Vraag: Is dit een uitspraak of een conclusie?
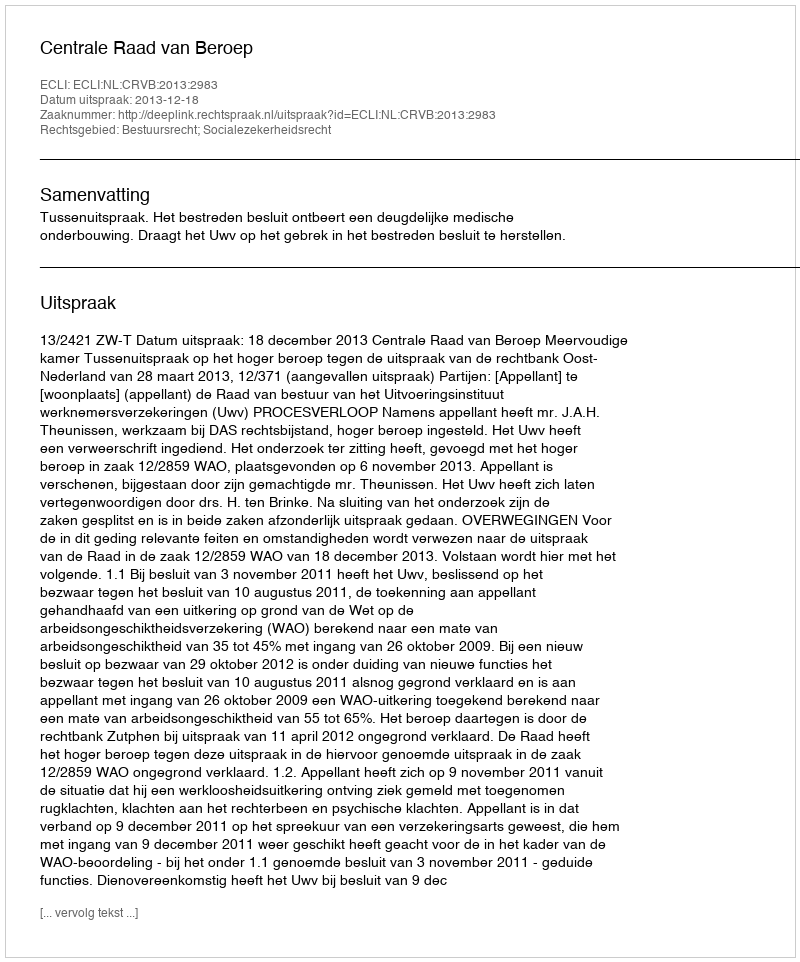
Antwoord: Uitspraak